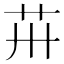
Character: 𦬢